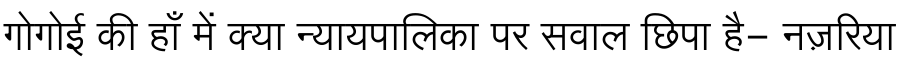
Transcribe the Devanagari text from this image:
गोगोई की हाँ में क्या न्यायपालिका पर सवाल छिपा है- नज़रिया